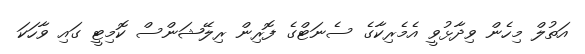
އަތުލް މިހެން ވިދާޅުވީ އެމެރިކާގެ ސެނަޓްގެ ފޮރިން ރިލޭޝަންސް ކޮމިޓީ ގައި ވާހަކަ